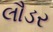
લૌડર